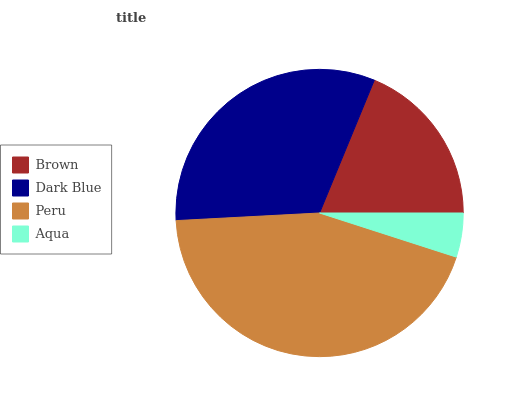
| Brown | Dark Blue | Peru | Aqua |
 | --- | --- | --- | --- |
 | 18.8% | 32% | 44.3% | 4.97% |